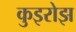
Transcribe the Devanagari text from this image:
कुइरोझ